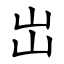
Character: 岀